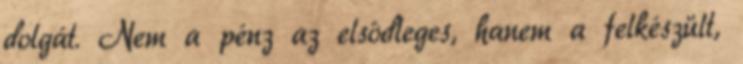
dolgát. Nem a pénz az elsôdleges, hanem a felkészült,